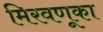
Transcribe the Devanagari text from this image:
मिरवणूका